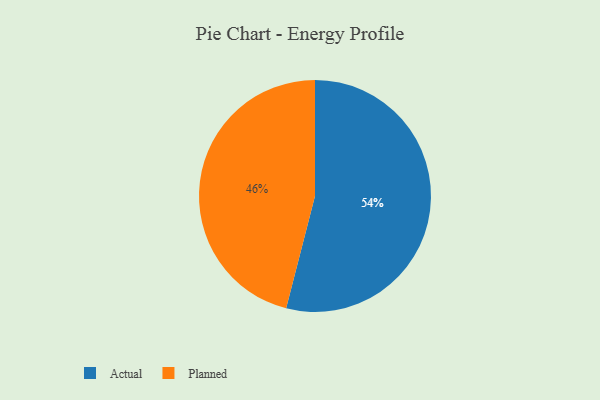
{"axis": {"x": "Category", "y": "Percentage"}, "legend": ["Actual", "Planned"], "data": [{"x": "Actual", "y": 54, "type": "Actual"}, {"x": "Planned", "y": 46, "type": "Planned"}]}